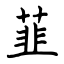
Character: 韮